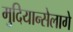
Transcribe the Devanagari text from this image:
मुदियान्सेलागे